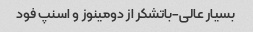
بسیار عالی-باتشکر از دومینوز و اسنپ فود